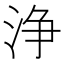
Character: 浄